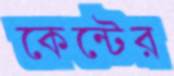
কেন্টের